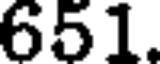
651.